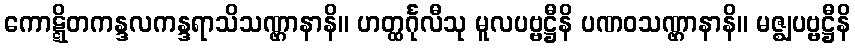
ကောဋ္ဋိတကန္ဒလကန္ဒရာသိသဏ္ဌာနာနိ။ ဟတ္ထင်္ဂုလီသု မူလပဗ္ဗဋ္ဌီနိ ပဏဝသဏ္ဌာနာနိ။ မဇ္ဈပဗ္ဗဋ္ဌီနိ